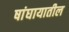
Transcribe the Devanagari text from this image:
षांघायातील